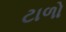
ટાળો